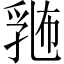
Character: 𪜛